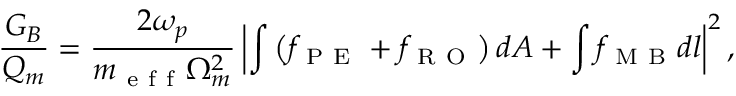
{ } \frac { G _ { B } } { Q _ { m } } = \frac { 2 \omega _ { p } } { m _ { \mathrm { ~ e ~ f ~ f ~ } } \Omega _ { m } ^ { 2 } } \left| \int \left( f _ { \mathrm { ~ P ~ E ~ } } + f _ { \mathrm { ~ R ~ O ~ } } \right) d A + \int f _ { \mathrm { ~ M ~ B ~ } } d l \right| ^ { 2 } ,